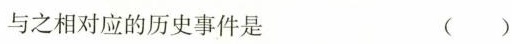
与之相对应的历史事件是 （）